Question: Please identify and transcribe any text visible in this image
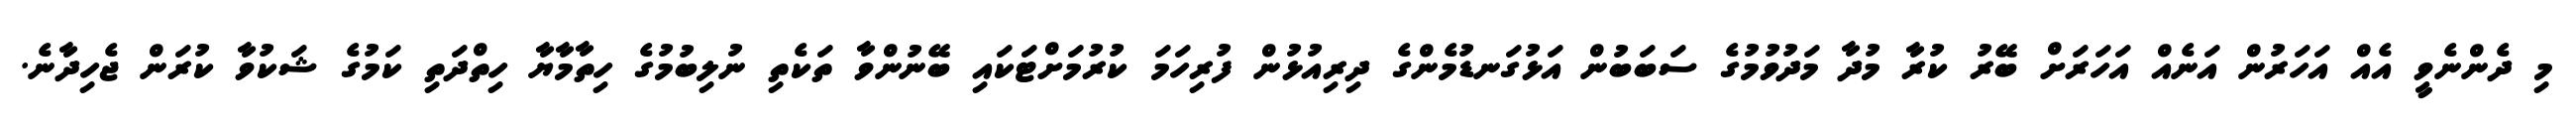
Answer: މި ދެންނެވީ އެއް އަހަރުން އަނެއް އަހަރަށް ބޭރު ކުރާ މުދާ މަދުވުމުގެ ސަބަބުން އަޅުގަނޑުމެންގެ ދިރިއުޅުން ފުރިހަމަ ކުރުމަށްޓަކައި ބޭނުންވާ ތަކެތި ނުލިބުމުގެ ހިތާމާޔާ ހިތްދަތި ކަމުގެ ޝަކުވާ ކުރަން ޖެހިދާނެ.